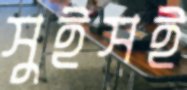
সুইসই